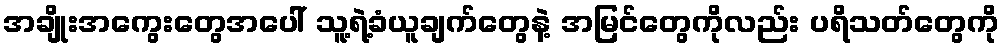
အချိုးအကွေးတွေအပေါ် သူ့ရဲ့ခံယူချက်တွေနဲ့ အမြင်တွေကိုလည်း ပရိသတ်တွေကို